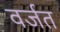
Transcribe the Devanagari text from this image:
वर्जत